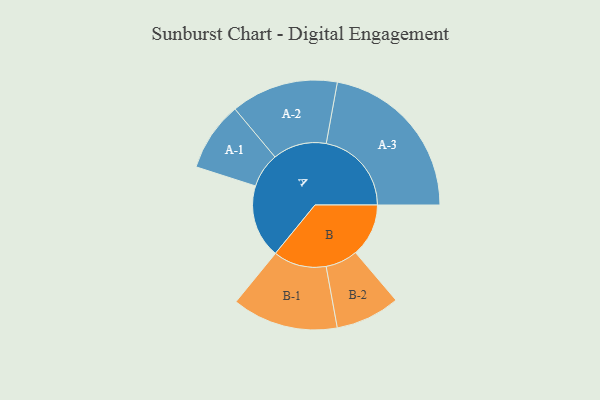
{"axis": {"x": "Segment", "y": "Value"}, "legend": ["", "A", "B"], "data": [{"x": "A", "y": 239, "type": ""}, {"x": "B", "y": 173, "type": ""}, {"x": "A-1", "y": 113, "type": "A"}, {"x": "A-2", "y": 175, "type": "A"}, {"x": "A-3", "y": 278, "type": "A"}, {"x": "B-1", "y": 173, "type": "B"}, {"x": "B-2", "y": 105, "type": "B"}]}